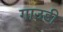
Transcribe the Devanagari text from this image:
गाउडी